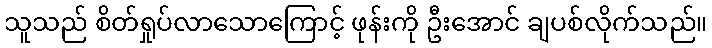
သူသည် စိတ်ရှုပ်လာသောကြောင့် ဖုန်းကို ဦးအောင် ချပစ်လိုက်သည်။